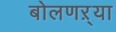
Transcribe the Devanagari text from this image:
बोलणऱ्या